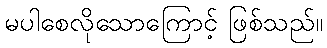
မပါစေလိုသောကြောင့် ဖြစ်သည်။